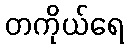
တကိုယ်ရေ